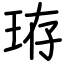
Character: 珔